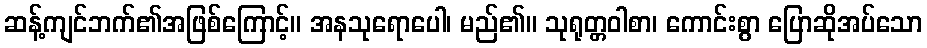
ဆန့်ကျင်ဘက်၏အဖြစ်ကြောင့်။ အနသုရောပေါ၊ မည်၏။ သုရုတ္တဝါစာ၊ ကောင်းစွာ ပြောဆိုအပ်သော